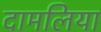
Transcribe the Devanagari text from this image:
दामलिया